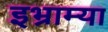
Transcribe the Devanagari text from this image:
इभ्राम्या